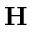
{ \bf H }